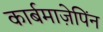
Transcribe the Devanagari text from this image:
कार्बमाज़ेपिंन